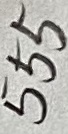
Text: 555